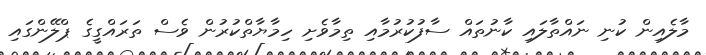
މާލެއިން ކުނި ނައްތާލައި ކާނުތައް ސާފުކުރުމާއި ތިމާވެށި ހިމާޔާތްކުރުން ވެސް ތަރައްގީގެ ޕްލޭންގައި